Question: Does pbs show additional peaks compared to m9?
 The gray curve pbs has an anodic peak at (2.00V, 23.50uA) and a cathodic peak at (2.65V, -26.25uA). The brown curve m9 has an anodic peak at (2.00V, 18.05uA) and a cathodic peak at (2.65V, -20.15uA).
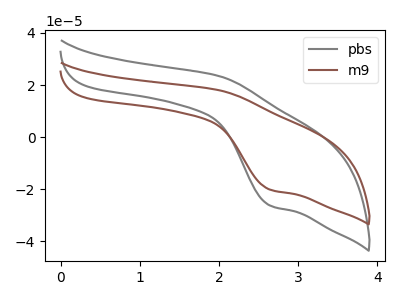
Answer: <think>All the peaks in "pbs" have a peak in "m9" at the same potential. Every peak in "pbs" is higher than every peak in "m9".
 </think>
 <answer>No, "pbs" and "m9" don't appear to be significantly different in shape</answer>
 <eval>no_change</eval>